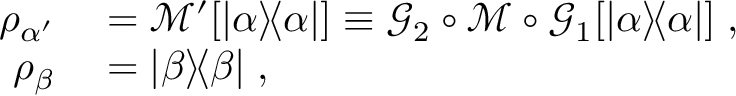
\begin{array} { r l } { \rho _ { \alpha ^ { \prime } } } & { { } = \mathcal { M } ^ { \prime } [ | \alpha \rangle \! \langle \alpha | ] \equiv \mathcal { G } _ { 2 } \circ \mathcal { M } \circ \mathcal { G } _ { 1 } [ | \alpha \rangle \! \langle \alpha | ] \; , } \\ { \rho _ { \beta } } & { { } = | \beta \rangle \! \langle \beta | \; , } \end{array}